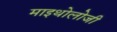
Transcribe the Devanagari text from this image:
माइथोलोजी